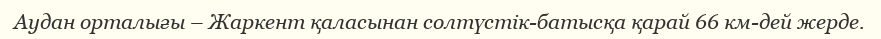
Аудан орталығы – Жаркент қаласынан солтүстік-батысқа қарай 66 км-дей жерде.